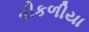
વીકળીયા